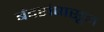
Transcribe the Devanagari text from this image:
बंदरांपासून